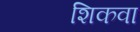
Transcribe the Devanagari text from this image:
शिकवा